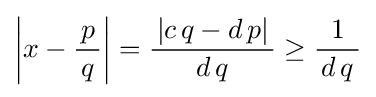
\left|x-{\frac {\,p\,}{q}}\right|={\frac {\,|c\,q-d\,p|\,}{d\,q}}\geq {\frac {1}{\,d\,q\,}}